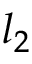
l _ { 2 }